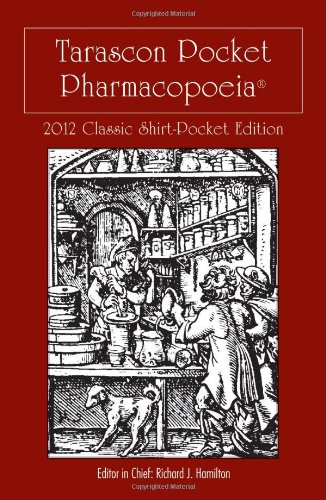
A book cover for Tarascon Pocket Pharmacopoeia 2012 Classic Shirt-Pocket Edition; MD, FAAEM, FACMT, FACEP, Editor in Chief, Richard J. Hamilton; Medical Books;